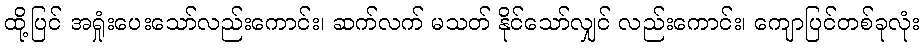
ထို့ပြင် အရှုံးပေးသော်လည်းကောင်း၊ ဆက်လက် မသတ် နိုင်သော်လျှင် လည်းကောင်း၊ ကျောပြင်တစ်ခုလုံး